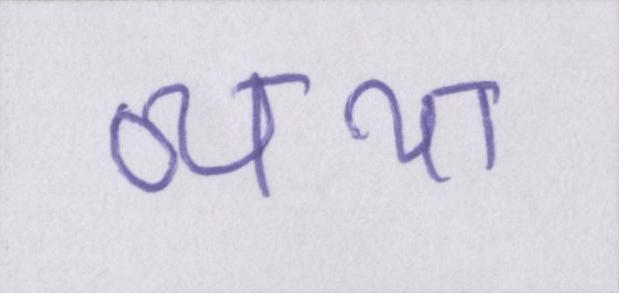
व्यथा